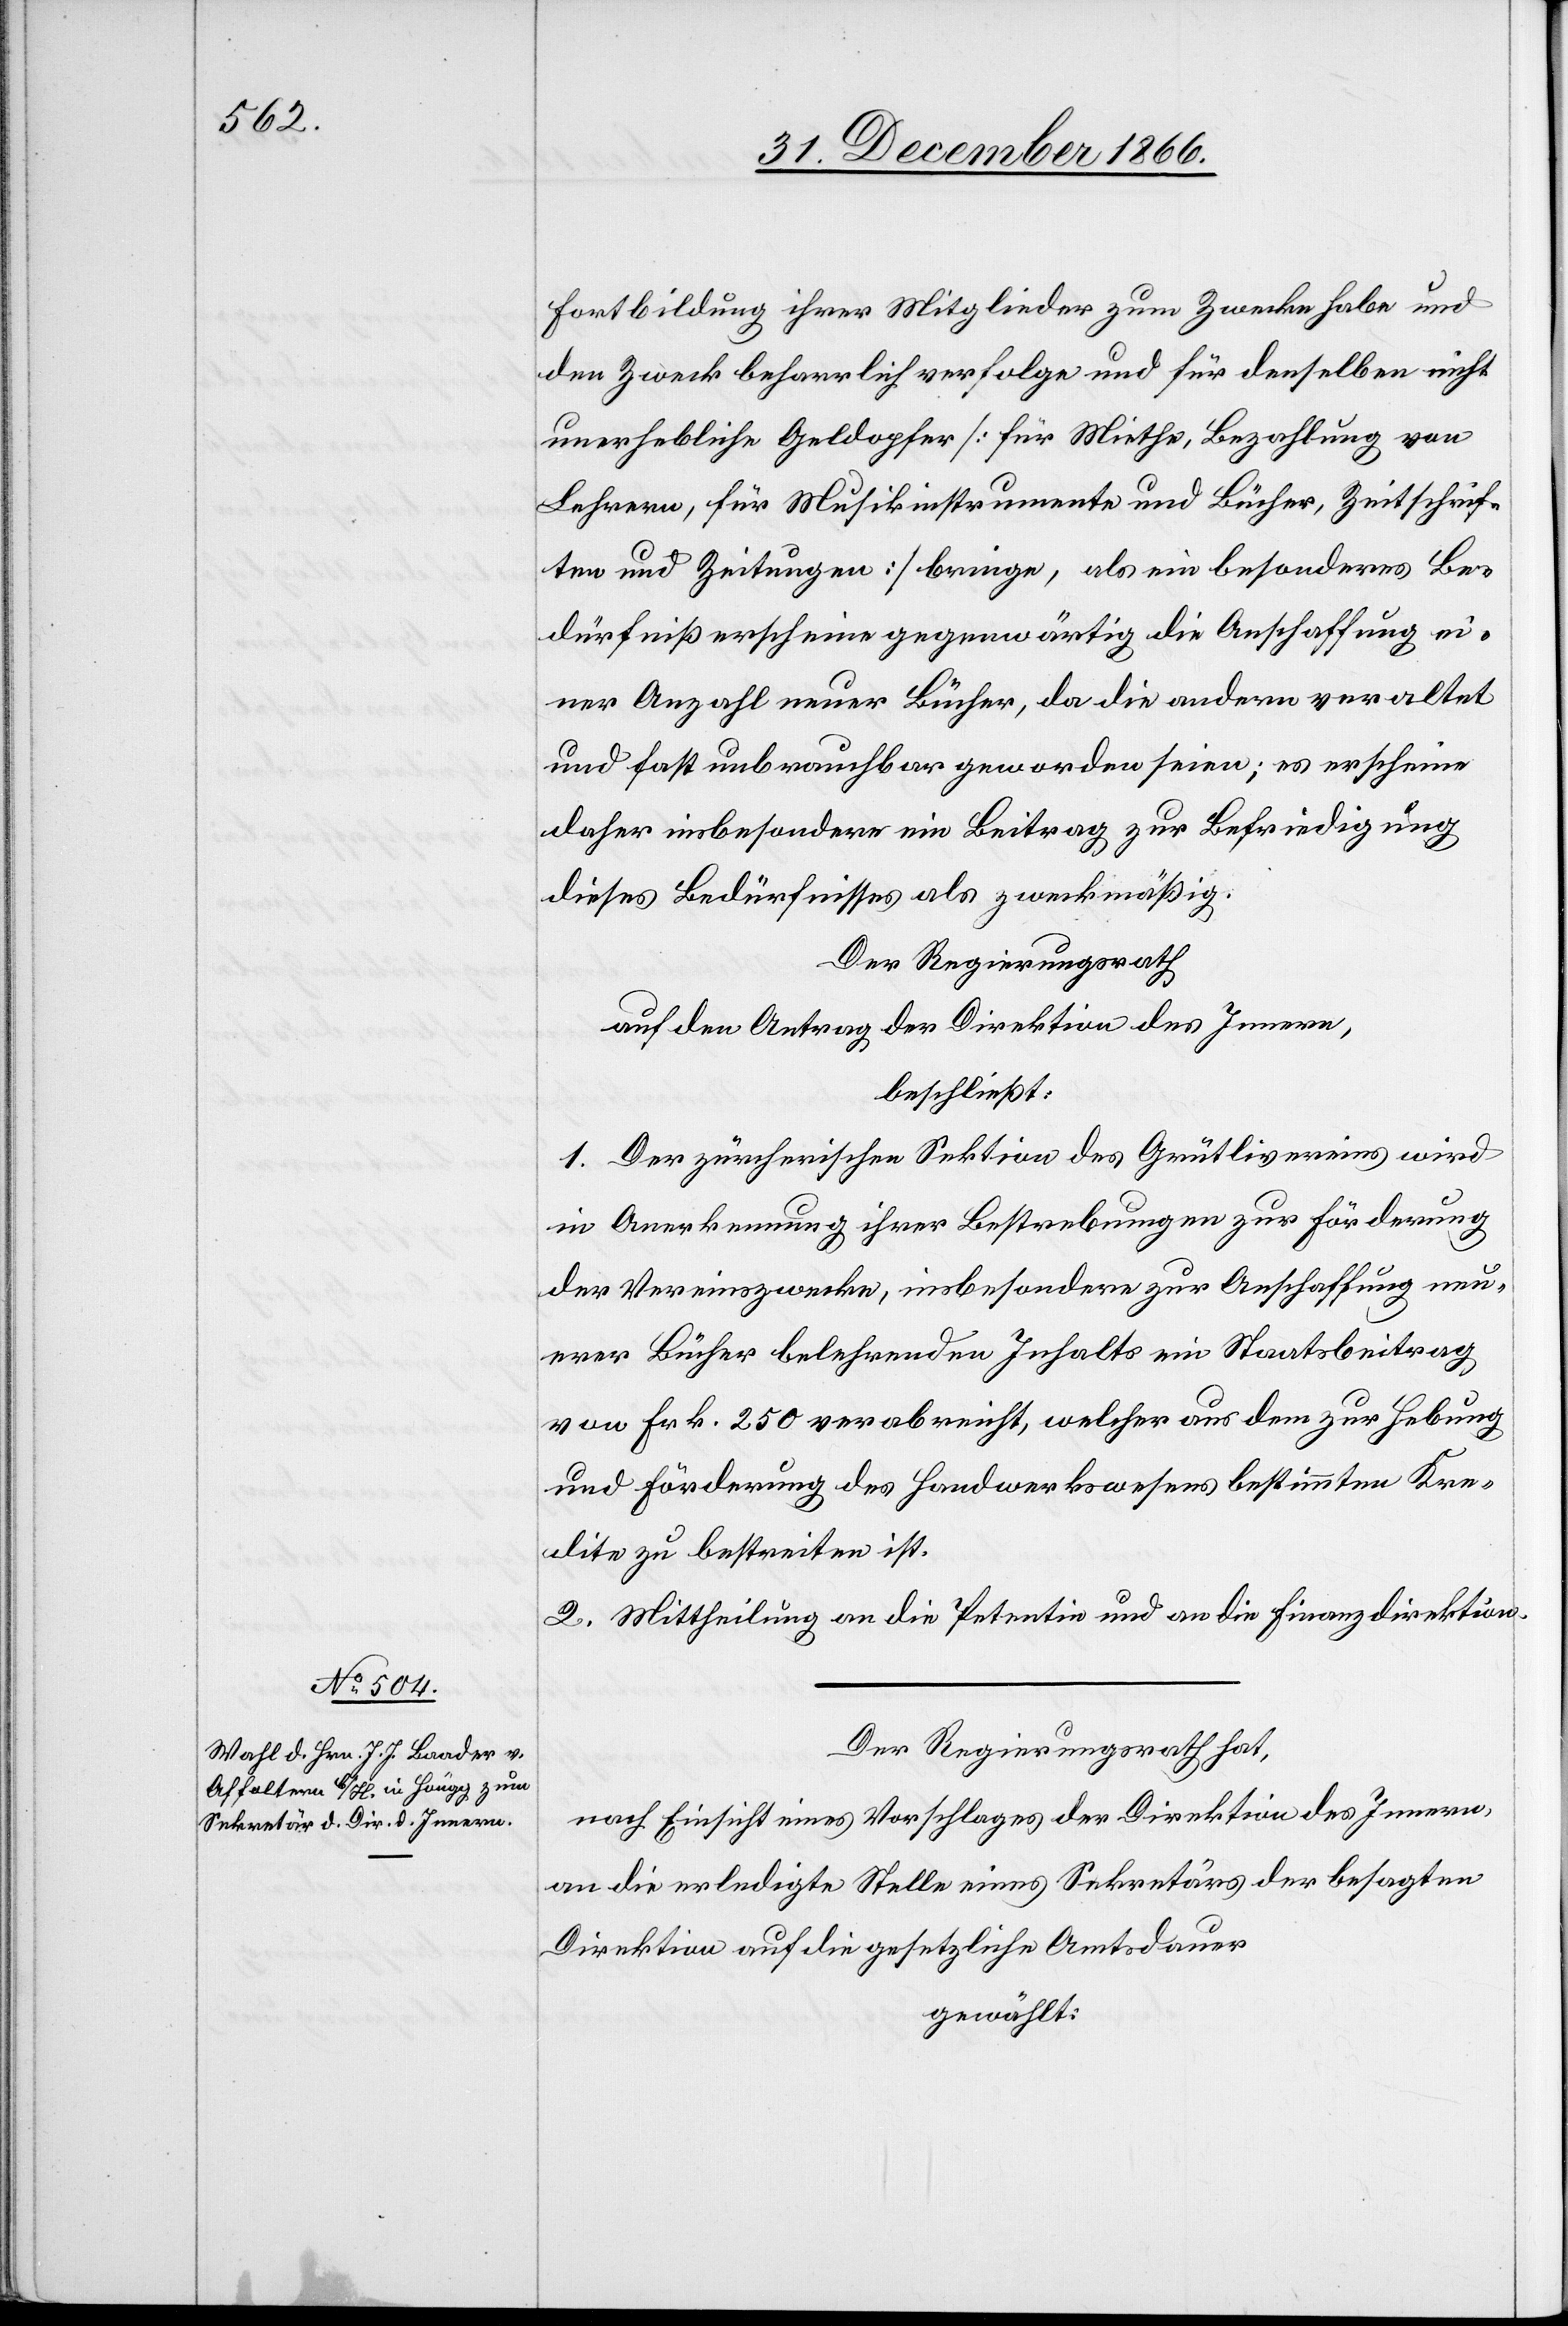
Fortbildung ihrer Mitglieder zum Zwecke habe und
den Zweck beharrlich verfolge und für denselben nicht
unerhebliche Geldopfer [für Miethe, Bezahlung von
Lehrern, für Musikinstrumente und Bücher, Zeitschrif¬
ten und Zeitungen] bringe, als ein besonderes Be¬
dürfniß erscheine gegenwärtig die Anschaffung ei¬
ner Anzahl neuer Bücher, da die andern veraltet
und fast unbrauchbar geworden seien; es erscheine
daher insbesondere ein Beitrag zur Befriedigung
dieses Bedürfnisses als zweckmäßig.
Der Regierungsrath,
auf den Antrag der Direktion des Innern,
beschließt:
1. Der zürcherischen Sektion des Grütlivereins wird
in Anerkennung ihrer Bestrebungen zur Förderung
der Vereinszwecke, insbesondere zur Anschaffung neu¬
erer Bücher belehrenden Inhalts ein Staatsbeitrag
von Frk. 250 verabreicht, welcher aus dem zur Hebung
und Förderung des Handwerkswesens bestimmten Kre¬
dite zu bestreiten ist.
2. Mittheilung an die Petentin und an die Finanzdirektion.
Der Regierungsrath hat,
nach Einsicht eines Vorschlages der Direktion des Innern,
an die erledigte Stelle eines Sekretärs der besagten
Direktion auf die gesetzliche Amtsdauer
gewählt: